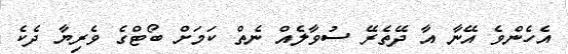
އެހެންވެ އޭނާ އާ ދޭތެރޭ ސުވާލެއް ނެތް ކަމަށް ބޯޓްގެ ވެރިޔާ ދެކެ